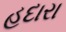
હદારા